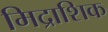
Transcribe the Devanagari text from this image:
मिद्राशिक